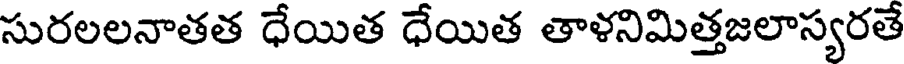
సురలలనాతత ధేయిత ధేయిత తాళనిమిత్తజలాస్యరతే